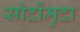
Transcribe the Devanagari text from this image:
सोर्दोमुदा